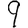
Digit: 9